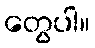
တွေပါ။